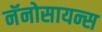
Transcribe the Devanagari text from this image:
नॅनोसायन्स